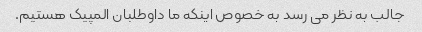
جالب به نظر می رسد به خصوص اینکه ما داوطلبان المپیک هستیم.